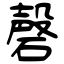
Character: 磬